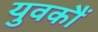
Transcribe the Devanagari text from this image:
युवकौं